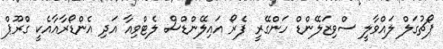
ޕޯޗުގަލް ލައްވާލީ ސްވިޒަލޭންޑް ހަންގޭރީ ފެރޯ އައިލޭންޑްސް ލެޓްވިއާ އަދި އެންޑޯރާއާއެކީ ގްރޫޕް